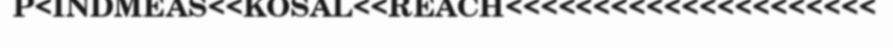
P<INDMEAS<<KOSAL<<REACH<<<<<<<<<<<<<<<<<<<<<